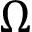
\Omega